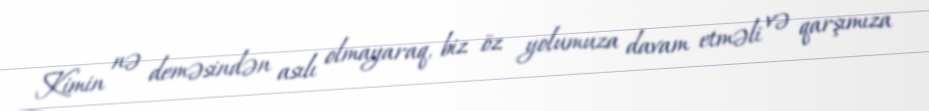
Kimin nə deməsindən asılı olmayaraq, biz öz yolumuza davam etməli və qarşımıza